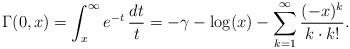
LaTeX: \begin{align*}\Gamma(0,x) = \int_x^\infty e^{-t} \, \frac{dt}{t} = -\gamma-\log(x) - \sum_{k=1}^\infty \frac{ (-x)^k}{k\cdot k!}.\end{align*}